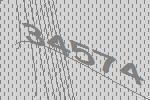
34574